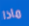
ماذا